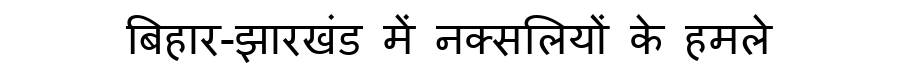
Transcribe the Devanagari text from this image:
बिहार-झारखंड में नक्सलियों के हमले